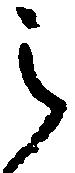
之